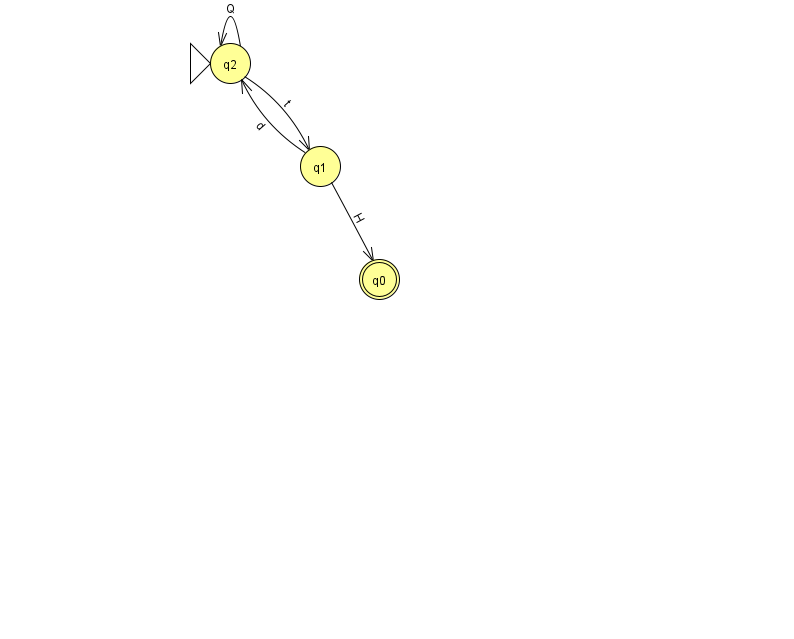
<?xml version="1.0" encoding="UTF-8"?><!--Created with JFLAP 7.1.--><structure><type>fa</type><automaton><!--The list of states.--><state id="0" name="q0"><x>379.0</x><y>266.0</y><final/></state><state id="1" name="q1"><x>320.0</x><y>153.0</y></state><state id="2" name="q2"><x>230.0</x><y>50.0</y><initial/></state><!--The list of transitions.--><transition><from>1</from><to>0</to><read>H</read></transition><transition><from>2</from><to>2</to><read>Q</read></transition><transition><from>1</from><to>2</to><read>d</read></transition><transition><from>2</from><to>1</to><read>t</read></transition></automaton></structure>